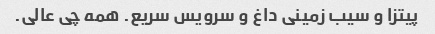
پیتزا و سیب زمینی داغ و سرویس سریع. همه چی عالی.